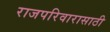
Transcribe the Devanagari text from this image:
राजपरिवारासाठी